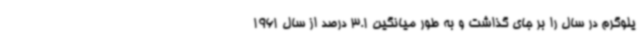
یلوگرم در سال را بر جای گذاشت و به طور میانگین 3.1 درصد از سال 1961